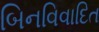
બિનવિવાદિત